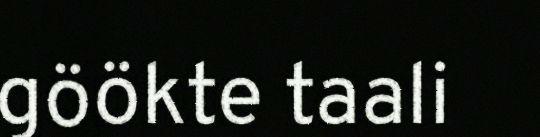
göökte taali